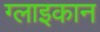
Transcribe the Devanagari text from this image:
ग्लाइकान